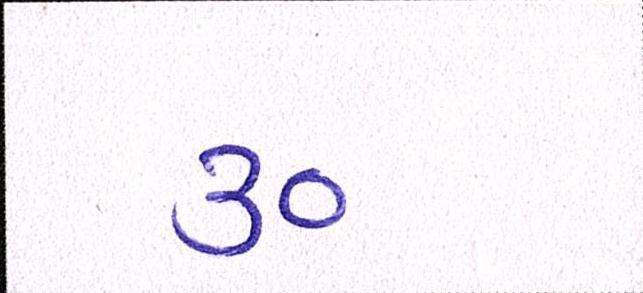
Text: ૩૦